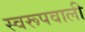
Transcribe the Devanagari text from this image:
स्वरूपवाली